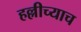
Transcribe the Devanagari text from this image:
हल्लीच्याच